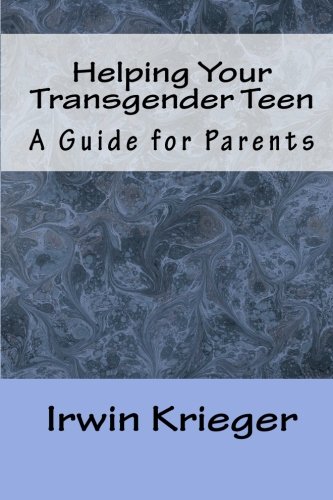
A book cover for Helping Your Transgender Teen: A Guide for Parents; Irwin Krieger; Gay & Lesbian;